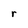
Character: r